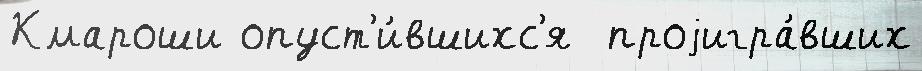
Кмароши опуст'и́вшихс'я  проjигра́вших